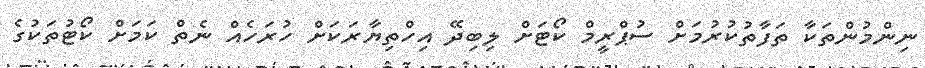
ނިންމުންތަކާ ތަފާތުކުރުމަށް ސުޕްރީމް ކޯޓަށް ލިބިދޭ އިހްތިޔާރަކަށް ހުރަހެއް ނެތް ކަމަށް ކޯޓުތަކުގެ